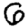
Digit: 6